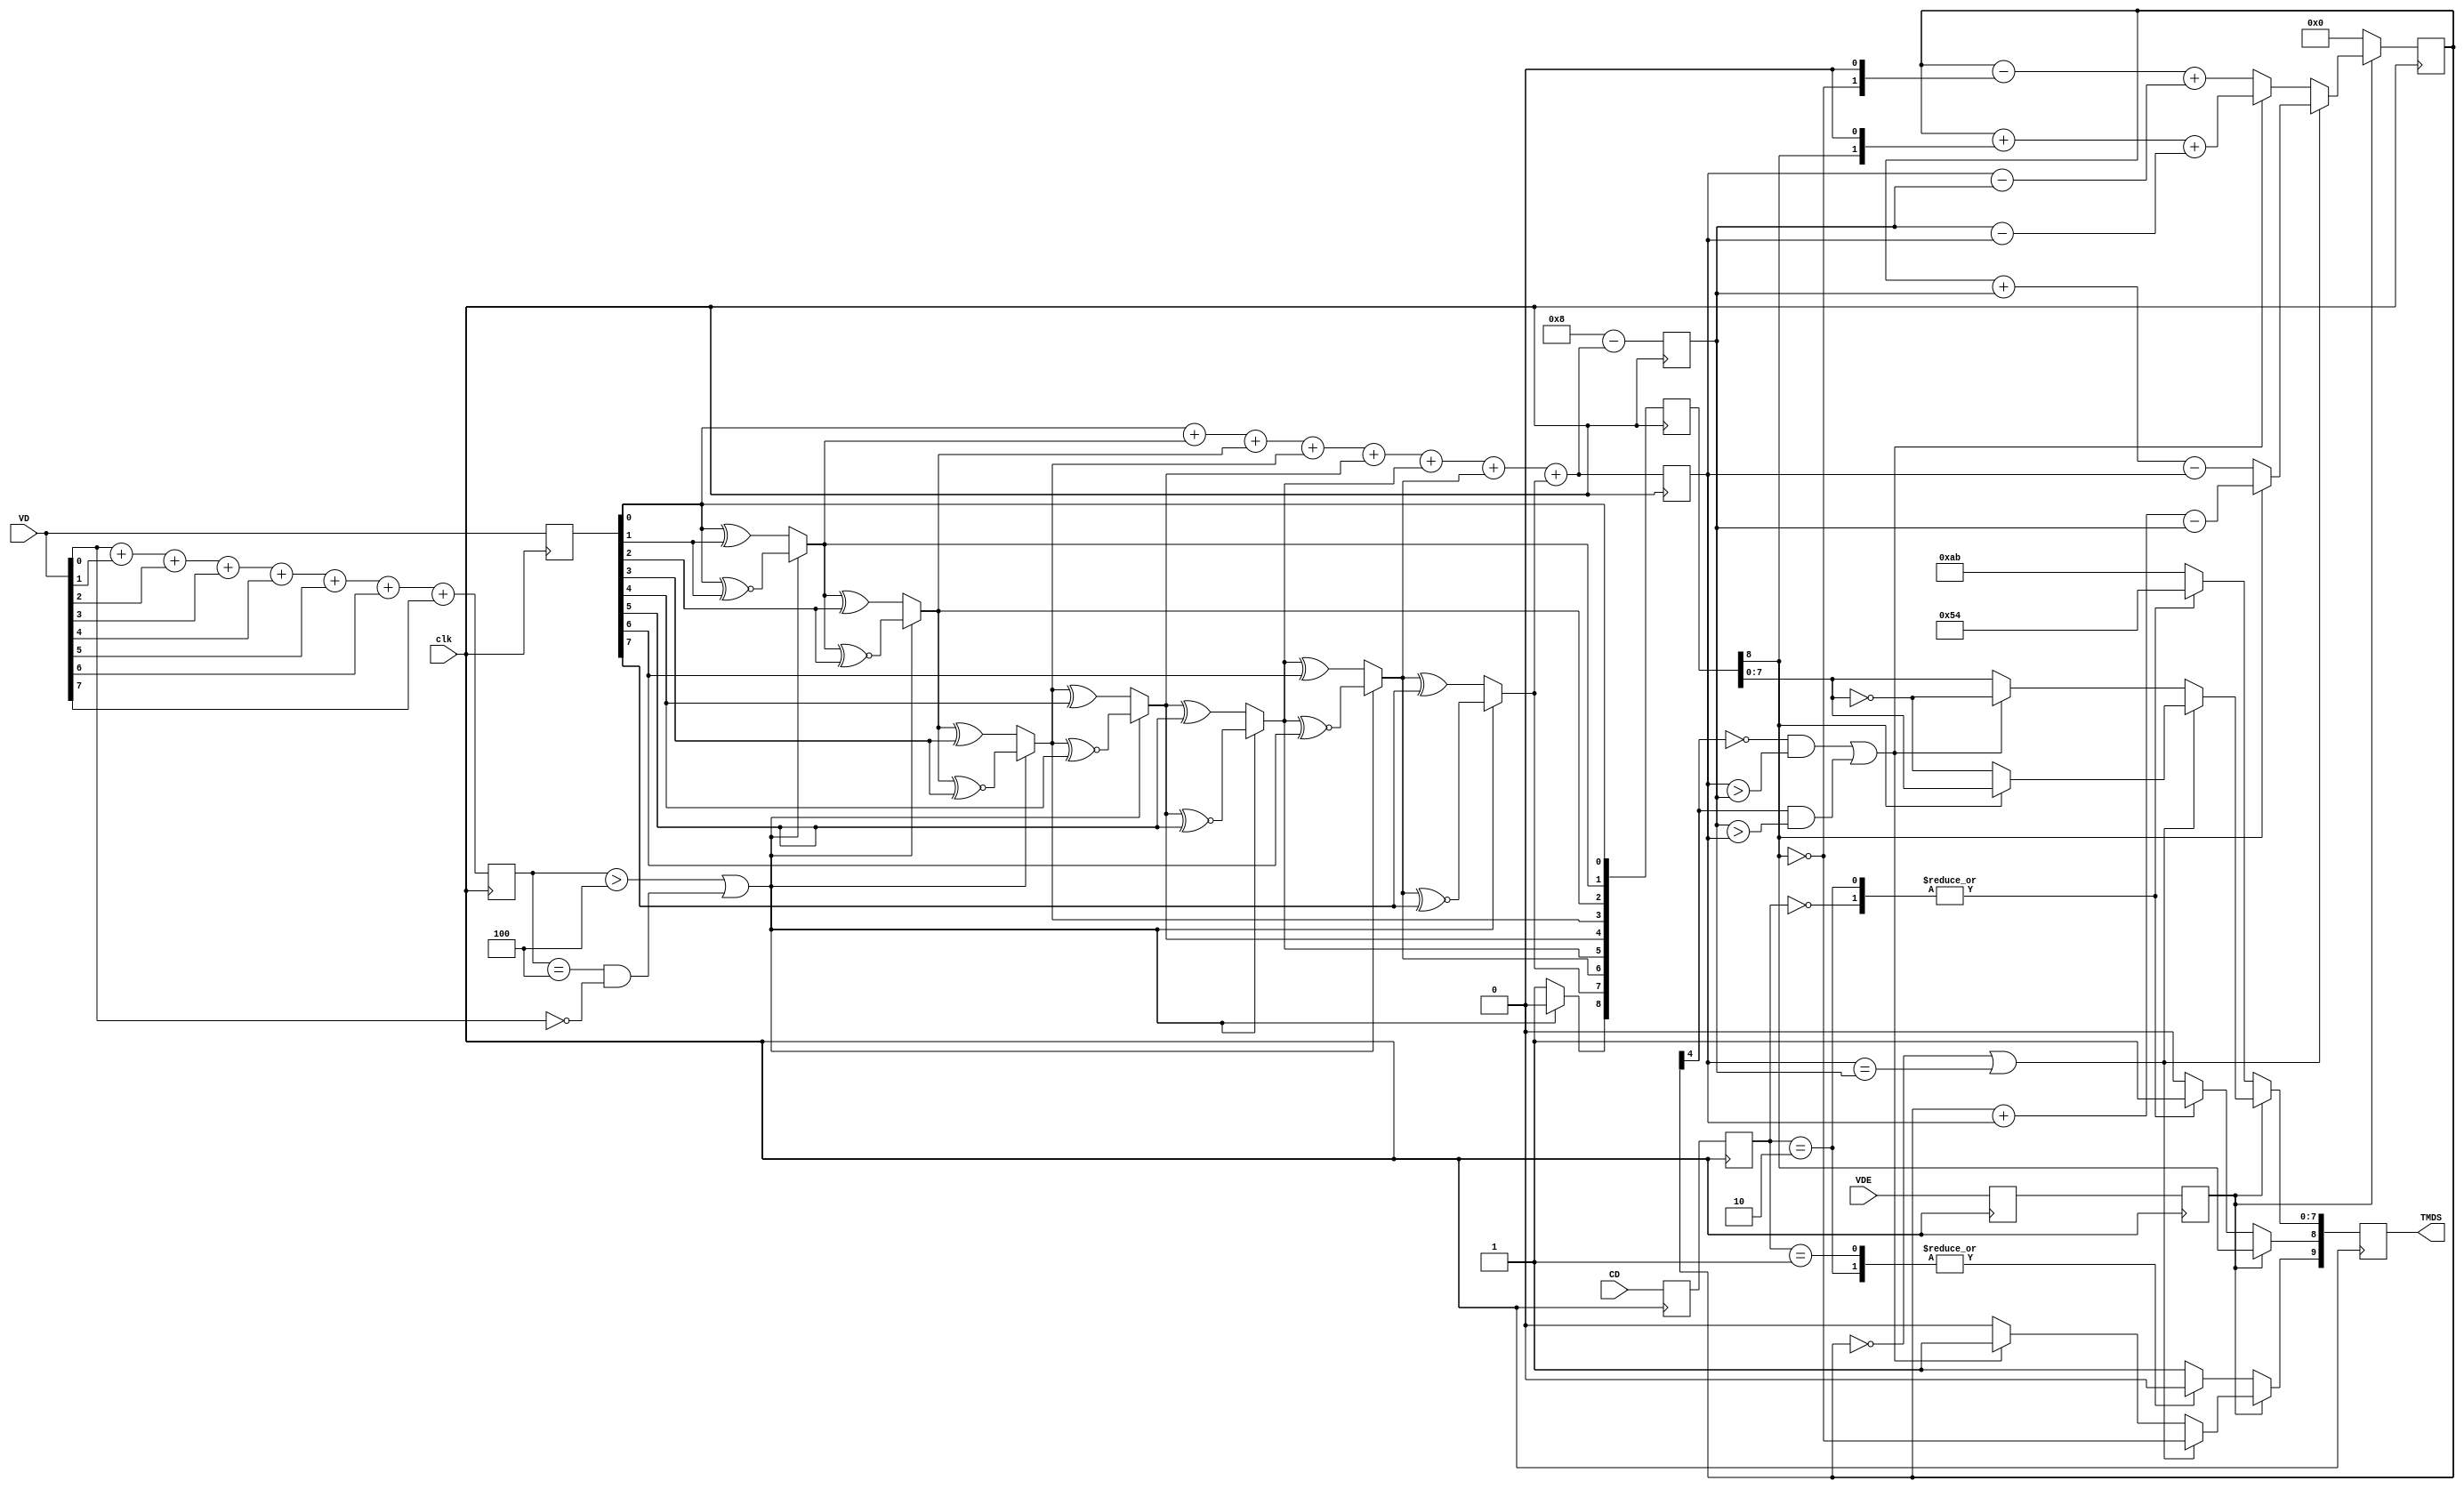
// Taken from: https://www.fpga4fun.com/HDMI.html
// (c) fpga4fun.com & KNJN LLC 2013

module TMDS_encoder(
	input clk,                // Pixel clock (25 MHz for 640x480)
	input [7:0] VD,           // video VD (one of red, green or blue)
	input [1:0] CD,           // control VD
	input VDE,                // video VD enable, to choose between CD (when VDE=0) and VD (when VDE=1)
	output reg [9:0] TMDS = 0 // The generated 10-bits signal (scrambled to minimize transitions, and 0/1-balanced)
);


    // # of ones for VD, # of ones for q_m, # of zeros for q_m
    reg [3:0] n1d, n1q_m, n0q_m;

    // Buffer for first stage VD input
    reg [7:0] data_buf;

    // Buffer for first stage VD output
    wire [8:0] q_m;

    // operation for 1st stage VD transformation
    wire op;

    // signals for pipelining
    reg disp_en_q, disp_en_reg;
    reg [1:0] ctrl_q, ctrl_reg;
    reg [8:0] q_m_reg;

    // Disparity counter
    reg [4:0] disparity;

    // 1st stage: 8-bit to 9-bit transformation

    // Determine XNOR vs XOR operation
    assign op = (n1d > 4'd4) || (n1d == 4'd4 && VD[0] == 1'b0);

    // Perform operation
    assign q_m[0] = data_buf[0];
    assign q_m[1] = (op) ? (q_m[0] ^~ data_buf[1]) : (q_m[0] ^ data_buf[1]);
    assign q_m[2] = (op) ? (q_m[1] ^~ data_buf[2]) : (q_m[1] ^ data_buf[2]);
    assign q_m[3] = (op) ? (q_m[2] ^~ data_buf[3]) : (q_m[2] ^ data_buf[3]);
    assign q_m[4] = (op) ? (q_m[3] ^~ data_buf[4]) : (q_m[3] ^ data_buf[4]);
    assign q_m[5] = (op) ? (q_m[4] ^~ data_buf[5]) : (q_m[4] ^ data_buf[5]);
    assign q_m[6] = (op) ? (q_m[5] ^~ data_buf[6]) : (q_m[5] ^ data_buf[6]);
    assign q_m[7] = (op) ? (q_m[6] ^~ data_buf[7]) : (q_m[6] ^ data_buf[7]);
    assign q_m[8] = (op) ? 1'b0 : 1'b1;
    
    always @ (posedge clk) begin
        data_buf <= VD;

        // Count the ones in the input VD
        n1d    <= VD[0] + VD[1] + VD[2] + VD[3] + VD[4] + VD[5] + VD[6] + VD[7];

        // Count the ones from the first stage VD
        n1q_m  <= q_m[0] + q_m[1] + q_m[2] + q_m[3] + q_m[4] + q_m[5] + q_m[6] + q_m[7];

        // Count the zeros from the first stage VD
        n0q_m  <= 4'h8 - (q_m[0] + q_m[1] + q_m[2] + q_m[3] + q_m[4] + q_m[5] + q_m[6] + q_m[7]);

        // Pipelining of key signals
        disp_en_q   <= VDE;
        disp_en_reg <= disp_en_q;

        ctrl_q      <= CD;
        ctrl_reg    <= ctrl_q;

        q_m_reg     <= q_m;
    end

    // 2nd stage: 9-bit to 10-bit transformation
    always @ (posedge clk) begin
      if (disp_en_reg) begin
            if ((disparity == 5'h0) | (n1q_m == n0q_m)) begin
               TMDS[9]   <= ~q_m_reg[8];
               TMDS[8]   <= q_m_reg[8];
               TMDS[7:0] <= (q_m_reg[8]) ? q_m_reg[7:0] : ~q_m_reg[7:0];

               disparity <= (~q_m_reg[8]) ? (disparity + n0q_m - n1q_m) : (disparity + n1q_m - n0q_m);
            end
            else begin
               if ((~disparity[4] & (n1q_m > n0q_m)) | (disparity[4] & (n0q_m > n1q_m))) begin
                  TMDS[9]   <= 1'b1;
                  TMDS[8]   <= q_m_reg[8];
                  TMDS[7:0] <= ~q_m_reg[7:0];

                  disparity <= disparity + {q_m_reg[8], 1'b0} + (n0q_m - n1q_m);
               end
               else begin
                  TMDS[9]   <= 1'b0;
                  TMDS[8]   <= q_m_reg[8];
                  TMDS[7:0] <= q_m_reg[7:0];

                  disparity <= disparity - {~q_m_reg[8], 1'b0} + (n1q_m - n0q_m);
               end
            end
      end
      else begin
            // Control VD from: https://en.wikipedia.org/wiki/Transition-minimized_differential_signaling
            case (ctrl_reg)
               2'b00: TMDS <= 10'b1101010100;
               2'b01: TMDS <= 10'b0010101011;
               2'b10: TMDS <= 10'b0101010100;
               default: TMDS <= 10'b1010101011;
            endcase

            disparity <= 4'd0;
      end
    end
endmodule